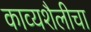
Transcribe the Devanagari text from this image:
काव्यशैलीचा